Eesti_Uliopilaste_Selts, lk 90
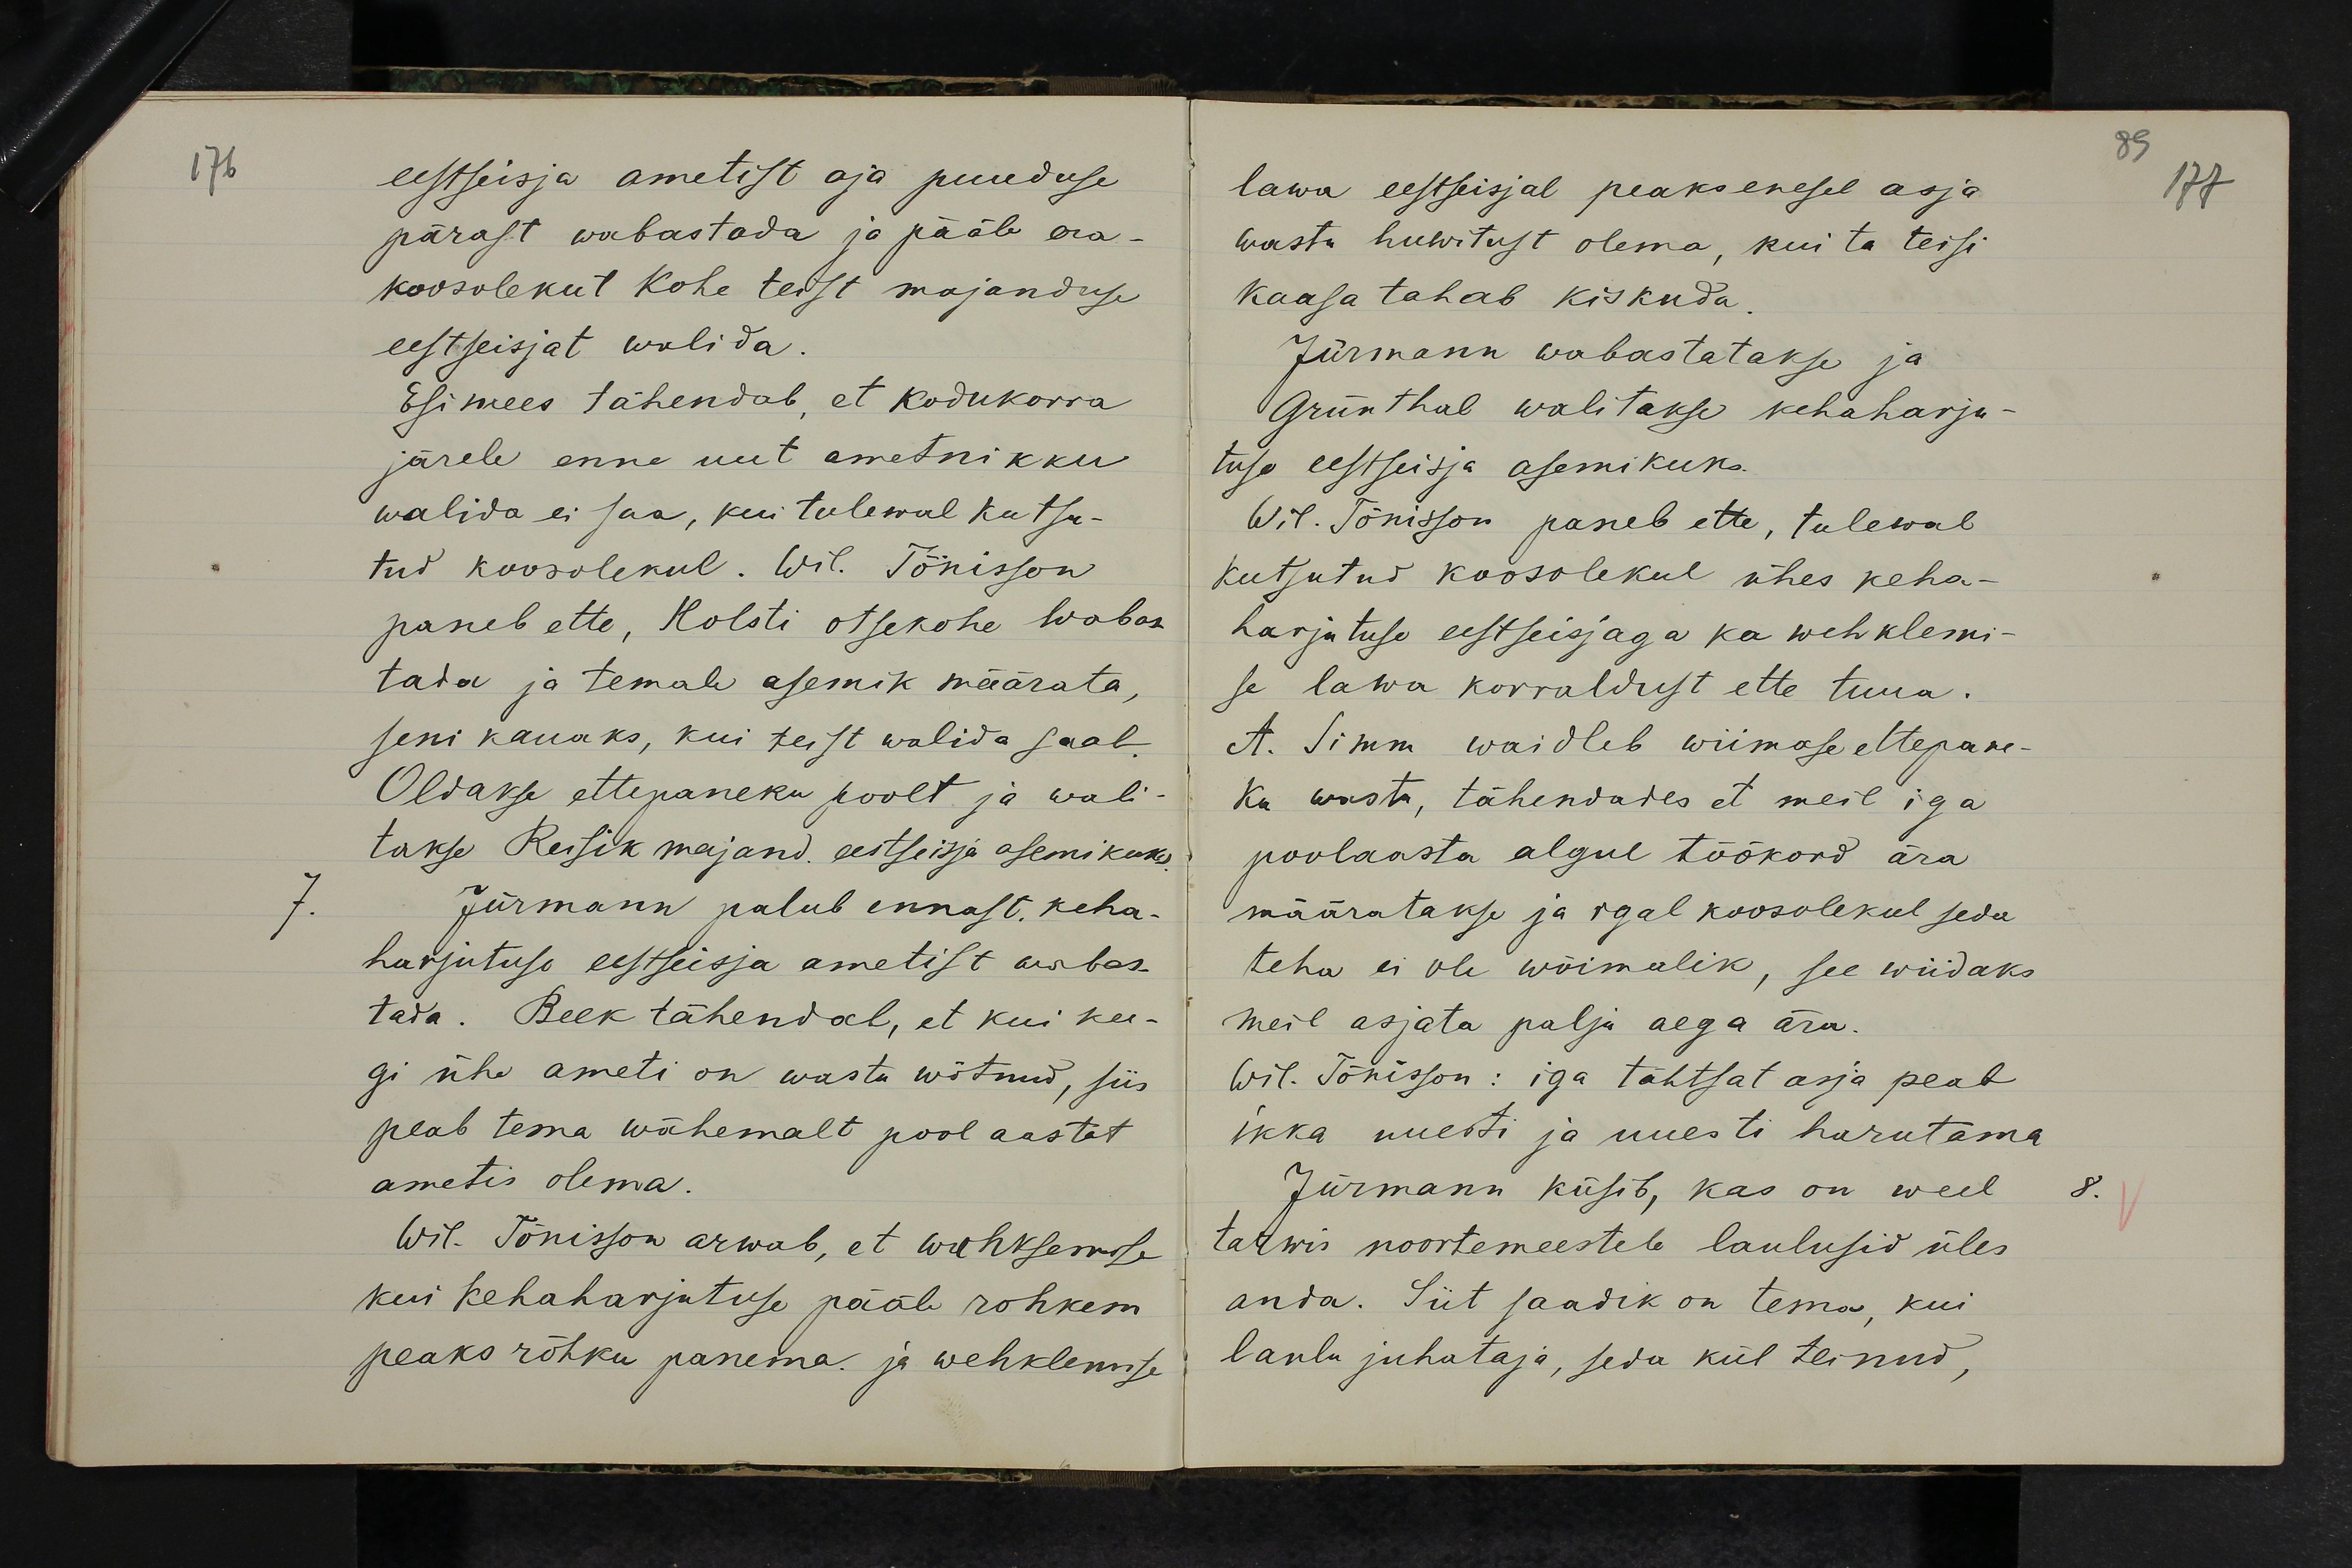
eestseisja ametist aja puuduse
pärast wabastada ja pääle era-
koosolekut kohe teist majanduse
eestseisjat walida.
Esimees tähendab, et kodukorra
järele enne uut ametnikku
walida ei saa, kui tulewal kutsu-
tud koosolekul. Wil. Tõnisson
paneb ette, Holsti otsekohe wabas-
tada ja temale asemik määrata,
seni kauaks, kui teist walida saab.
Oldakse ettepaneku poolt ja wali-
takse Reisik majand. eestseisja asemikuks.
Jürmann palub ennast keha-
harjutuse eestseisja ametist wabas-
tada. Beek tähendab, et kui kee-
gi ühe ameti on wastu wõtnud, siis
peab tema wähemalt pool aastat
ametis olema.
Wil. Tõnisson arwab, et wehksemise
kui kehaharjutuse pääle rohkem
peaks rõhku panema ja wehklemise

lawa eestseisjal peaks enesel asja
wastu huwitust olema, kui ta teisi
kaasa tahab kiskuda.
Jürmann wabastatakse ja
Grünthal walitakse kehaharju-
tuse eestseisja asemikuks.
Wil. Tõnisson paneb ette, tulewal
kutsutud koosolekul ühes keha-
harjutuse eestseisjaga ka wehklemi-
se lawa korraldust ette tuua.
A. Simm waidleb wiimase ettepane-
ku wasta, tähendades et meil iga
poolaasta algul töökord ära
määratakse ja igal koosolekul seda
teha ei ole wõimalik, see wiidaks
meil asjata palju aega ära.
Wil. Tõnisson: iga tähtsat asja peab
ikka uuesti ja uuesti harutama
Jürmann küsib, kas on weel
tarwis noortemeestele laulusid üles
anda. Siit saadik on tema, kui
laulu juhataja, seda kül teinud,

177